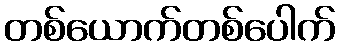
တစ်ယောက်တစ်ပေါက်